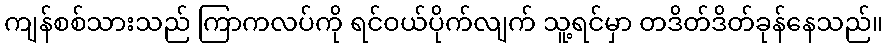
ကျန်စစ်သားသည် ကြာကလပ်ကို ရင်ဝယ်ပိုက်လျက် သူ့ရင်မှာ တဒိတ်ဒိတ်ခုန်နေသည်။